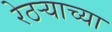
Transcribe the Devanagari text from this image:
रेठर्‍याच्या